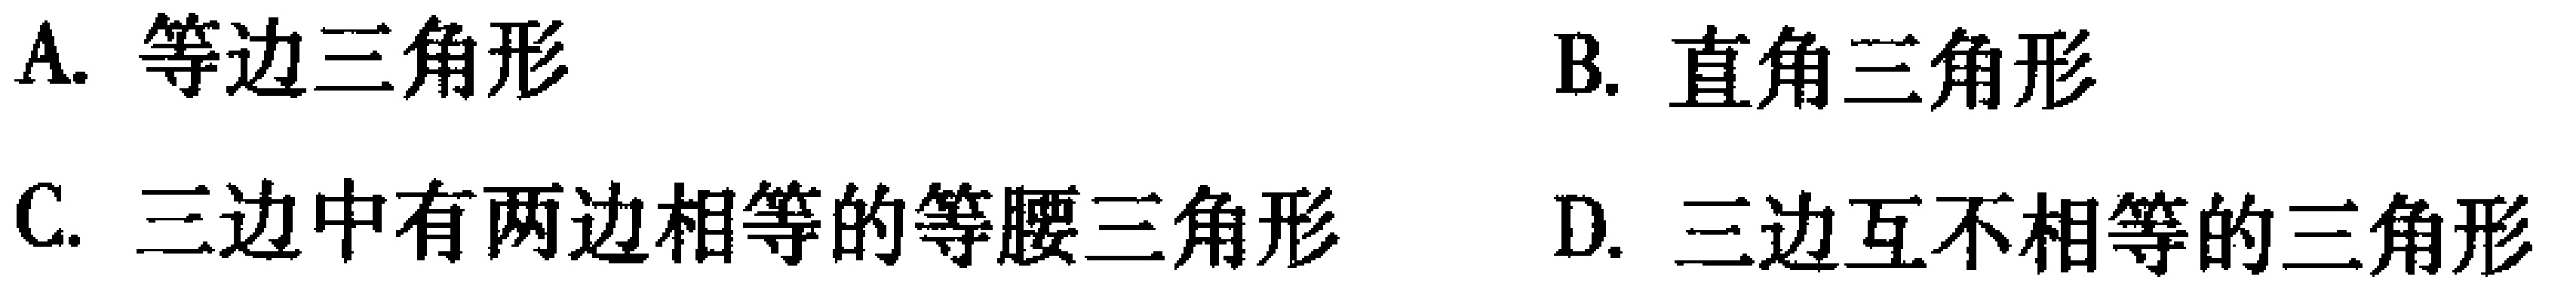
A. 等边三角形
B. 直角三角形
C. 三边中有两边相等的等腰三角形
D. 三边互不相等的三角形